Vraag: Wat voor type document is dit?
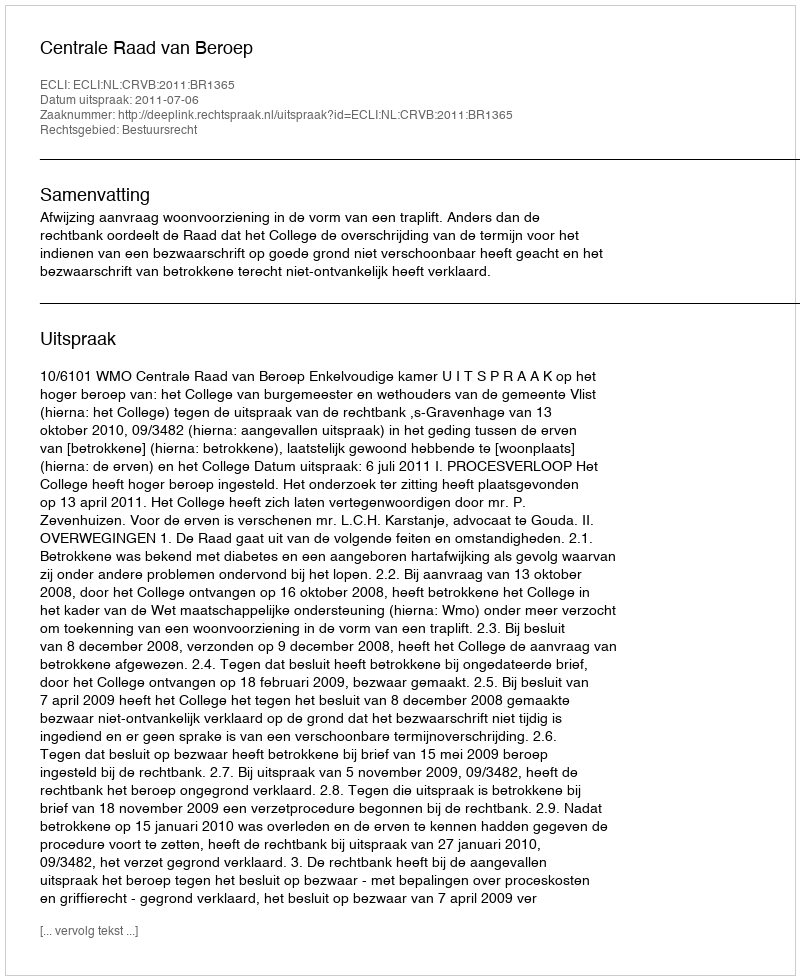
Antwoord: Uitspraak